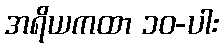
အရိယကထာ ၁၀-ပါး